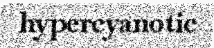
hypercyanotic